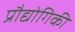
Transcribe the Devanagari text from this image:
प्रौद्योगिकी